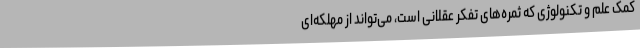
کمک علم و تکنولوژی که ثمره‌های تفکر عقلانی است، می‌تواند از مهلکه‌ای